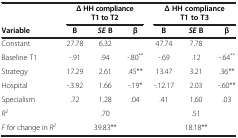
<table><thead><tr><td><b> </b></td><td colspan="3"><b>Δ HH compliance T1 to T2</b></td><td colspan="3"><b>Δ HH compliance T1 to T3</b></td></tr><tr><td><b>Variable</b></td><td><b>B</b></td><td><b><i>SE </i>B</b></td><td><b>β</b></td><td><b>B</b></td><td><b><i>SE </i>B</b></td><td><b>β</b></td></tr></thead><tbody><tr><td>Constant</td><td>27.78</td><td>6.32</td><td> </td><td>47.74</td><td>7.78</td><td> </td></tr><tr><td>Baseline T1</td><td>-.91</td><td>.94</td><td>-.80<sup>**</sup></td><td>-.69</td><td>.12</td><td>-.64<sup>**</sup></td></tr><tr><td>Strategy</td><td>17.29</td><td>2.61</td><td>.45**</td><td>13.47</td><td>3.21</td><td>.36**</td></tr><tr><td>Hospital</td><td>-.3.92</td><td>1.66</td><td>-.19*</td><td>-.12.17</td><td>2.03</td><td>-.60**</td></tr><tr><td>Specialism</td><td>.72</td><td>1.28</td><td>.04</td><td>.41</td><td>1.60</td><td>.03</td></tr><tr><td><i>R</i><sup><i>2</i></sup></td><td> </td><td>.70</td><td> </td><td> </td><td>.51</td><td> </td></tr><tr><td><i>F</i> for change in <i>R</i><sup><i>2</i></sup></td><td> </td><td>39.83**</td><td> </td><td> </td><td>18.18**</td><td> </td></tr></tbody></table>